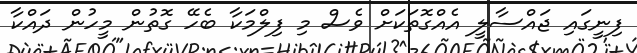
ފިނީގައި ޖައްސާލީ އެއްގޮތަކަށް ވެސް މި ފިލްމަކާ ބެހޭ ގޮތުން މީހުން ދައްކާ